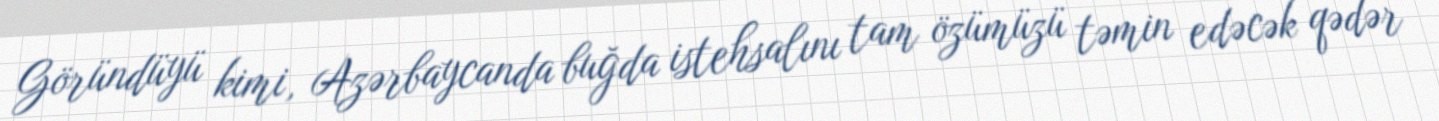
Göründüyü kimi, Azərbaycanda buğda istehsalını tam özümüzü təmin edəcək qədər